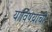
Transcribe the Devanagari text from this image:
याविषयाची